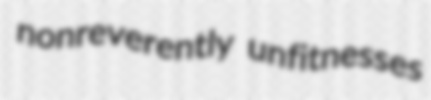
nonreverently unfitnesses